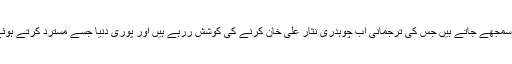
پھر بھی ایسے گروہ اس قومی بیانیہ کے عملمبردار سمجھے جاتے ہیں جس کی ترجمانی اب چوہدری نثار علی خان کرنے کی کوشش ررہے ہیں اور پوری دنیا جسے مسترد کرتے ہوئے پاکستان کو اپنا چلن بدلنے کا مشورہ دے رہی ہے۔